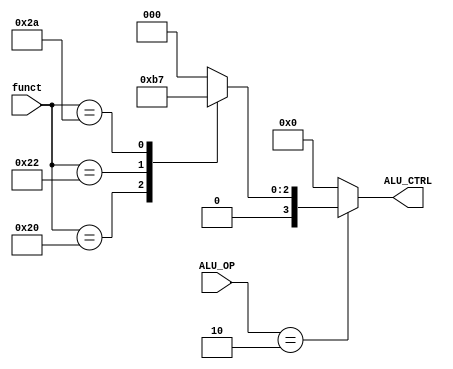
`timescale 1ns / 1ps

module ALU_ctrl( funct, ALU_OP,ALU_CTRL);

    input [5:0] funct;
	input [1:0] ALU_OP;
   // output [3:0] ALU_CTRL;
     output reg[3:0] ALU_CTRL;  //should change to reg type

    reg [3:0] reg_funct;
	   /* add your design */
     always @(*) begin		
    
      case(funct[5:0])
       6'b100000:  reg_funct = 4'd2;	
       /* add */
			
       6'b100010:  reg_funct = 4'd6;	
       /* sub */

       6'b101010: reg_funct = 4'd7;	
       /* slt */
			
       default: reg_funct = 4'd0;
		
       endcase
	
end

    always @(*) begin
		
     case(ALU_OP)

///need to modifity		
      2'd2: ALU_CTRL = reg_funct;     //r-type		

      default: ALU_CTRL = 0;
		
     endcase
end


	
	


endmodule